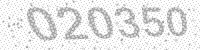
Solution: 020350